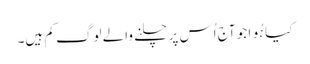
کیا ہُوا جو آج اُس پر چلنے والے لوگ کم ہیں۔